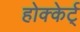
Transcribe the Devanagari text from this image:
होक्केर्ट्